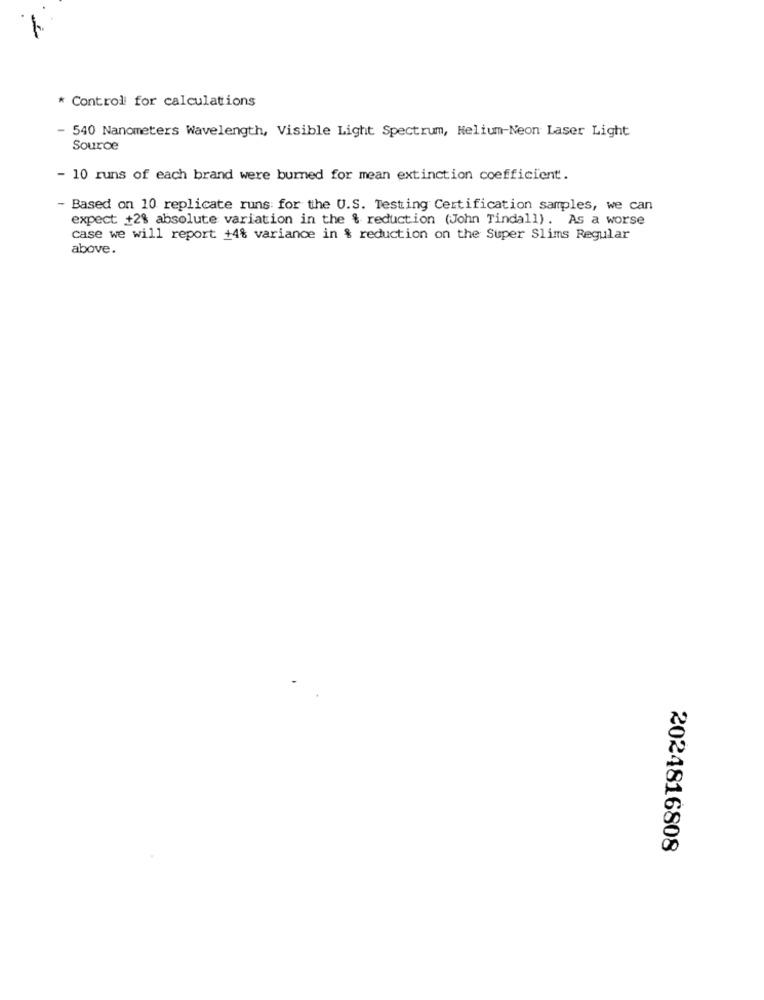
* Control for calculations
- 540 Nanometers Wavelength, Visible Light Spectrum, Helium-Neon Laser Light
Source
- 10 runs of each brand were burned for mean extinction coefficient.
- Based on 10 replicate runs for the U.S. Testing Certification samples, we can
expect +2% absolute variation in the % reduction (John Tindall). As a worse
case we will report +4% variance in % reduction on the Super Slims Regular
above.
2024816808